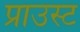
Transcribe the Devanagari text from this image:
प्राउस्ट